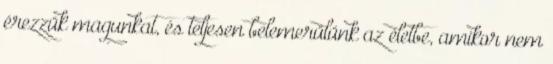
érezzük magunkat, és teljesen belemerülünk az életbe, amikor nem